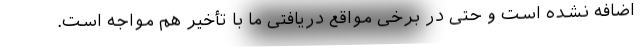
اضافه نشده است و حتی در برخی مواقع دریافتی ما با تأخیر هم مواجه است.